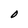
Character: O